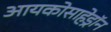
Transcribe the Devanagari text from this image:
आयकोसाहेड्रॉन